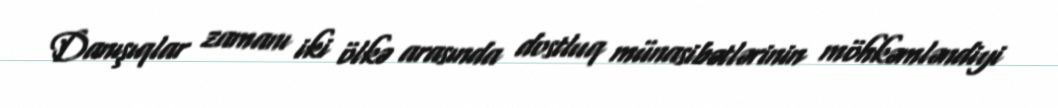
Danışıqlar zamanı iki ölkə arasında dostluq münasibətlərinin möhkəmləndiyi